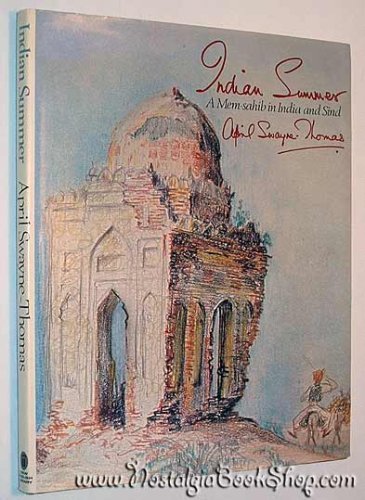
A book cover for Indian Summer: Memsahib in India and Sind; April Swayne-Thomas; Travel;